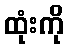
ထုံးကို